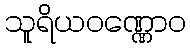
သူရိယဝဏ္ဏောဝ